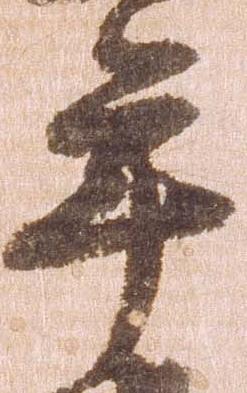
年